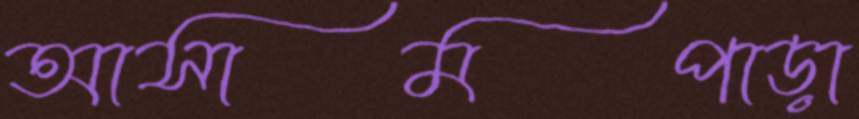
আসামপাড়া